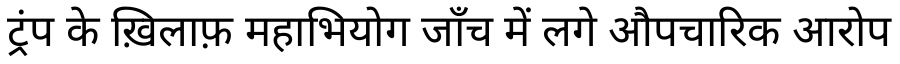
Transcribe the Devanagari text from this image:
ट्रंप के ख़िलाफ़ महाभियोग जाँच में लगे औपचारिक आरोप